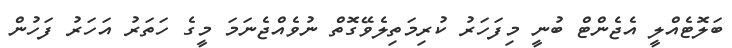
ބަލޮޓެއްލީ އެޖެންޓް ބުނީ މިފަހަރު ކުރިމަތިލެވޭގޮތް ނުވެއްޖެނަމަ މީގެ ހަތަރު އަހަރު ފަހުން